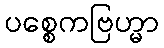
ပစ္စေကဗြဟ္မာ